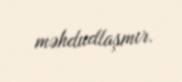
məhdudlaşmır.